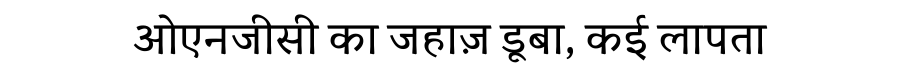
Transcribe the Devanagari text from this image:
ओएनजीसी का जहाज़ डूबा, कई लापता